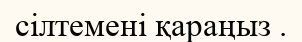
сілтемені қараңыз .